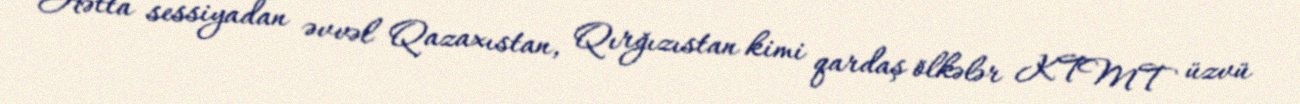
Hətta sessiyadan əvvəl Qazaxıstan, Qırğızıstan kimi qardaş ölkələr KTMT üzvü